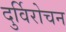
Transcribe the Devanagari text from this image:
दुर्विरोचन